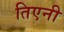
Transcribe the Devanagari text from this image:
तिएनी